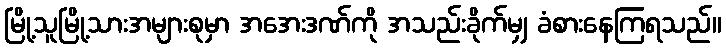
မြို့သူမြို့သားအများစုမှာ အအေးဒဏ်ကို အသည်းခိုက်မျှ ခံစားနေကြရသည်။